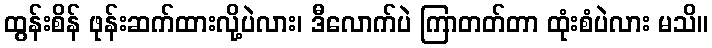
ထွန်းစိန် ဖုန်းဆက်ထားလို့ပဲလား၊ ဒီလောက်ပဲ ကြာတတ်တာ ထုံးစံပဲလား မသိ။